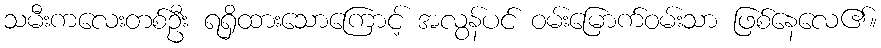
သမီးကလေးတစ်ဦး ရရှိထားသောကြောင့် အလွန်ပင် ဝမ်းမြောက်ဝမ်းသာ ဖြစ်နေလေ၏။